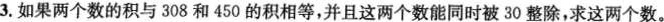
3.如果两个数的积与308和450的积相等，并且这两个数能同时被30整除，求这两个数。